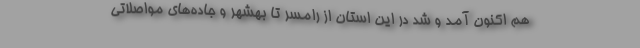
هم اکنون آمد و شد در این استان از رامسر تا بهشهر و جاده‌های مواصلاتی